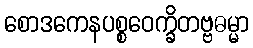
စောဒကေနပစ္စဝေက္ခိတဗ္ဗဓမ္မာ